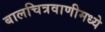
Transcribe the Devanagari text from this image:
बालचित्रवाणीमध्ये